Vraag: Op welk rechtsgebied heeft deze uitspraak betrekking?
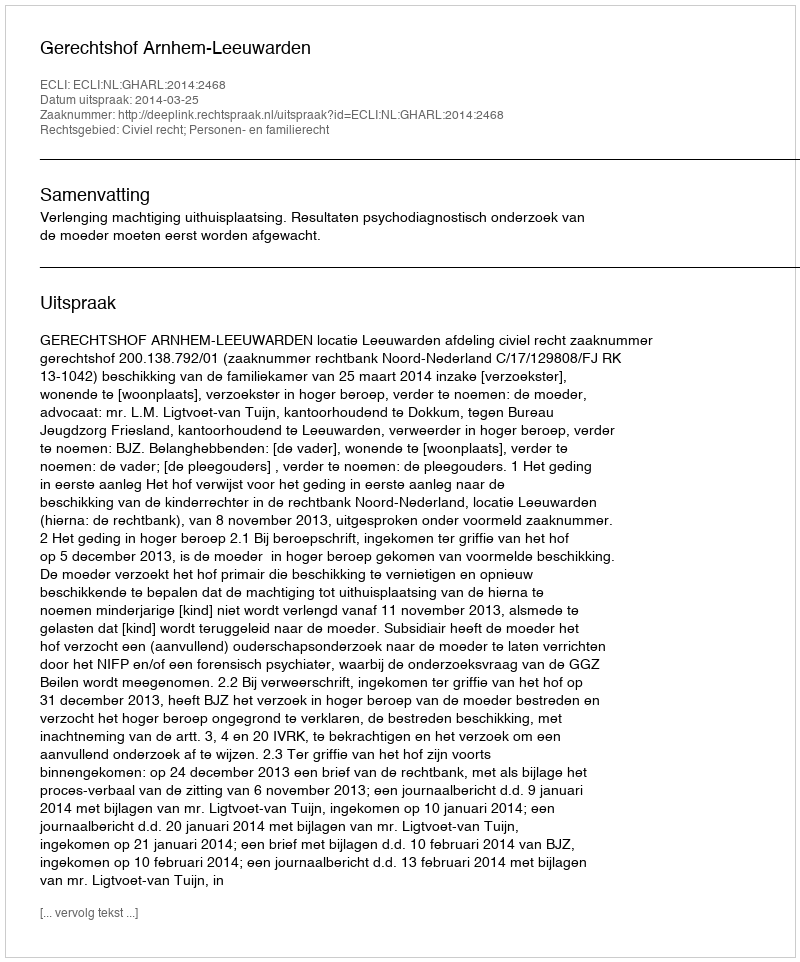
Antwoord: Civiel recht; Personen- en familierecht